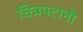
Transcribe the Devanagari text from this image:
चित्रपटानी